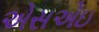
એસએઇ